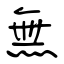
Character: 無